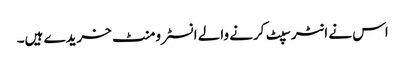
اس نے انٹرسپٹ کرنے والے انسٹرومنٹ خریدے ہیں۔